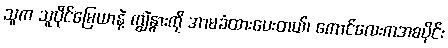
သူက သူပိုင်မြေယာနဲ့ ကျွဲနွားကို အာမခံထားပေးတယ်၊ ကောင်လေးကအစပိုင်း